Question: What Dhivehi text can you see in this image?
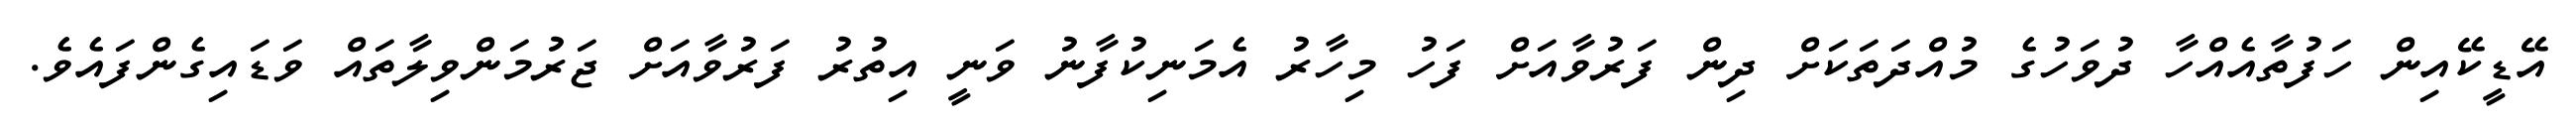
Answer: އޭޑީކޭއިން ހަފުތާއެއްހާ ދުވަހުގެ މުއްދަތަކަށް ދިން ފަރުވާއަށް ފަހު މިހާރު އެމަނިކުފާނު ވަނީ އިތުރު ފަރުވާއަށް ޖަރުމަންވިލާތައް ވަޑައިގެންފައެވެ.